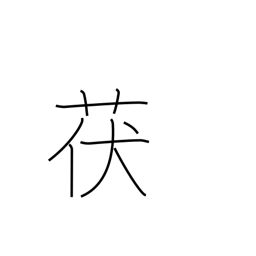
Meaning: type of mushroom